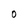
Character: O